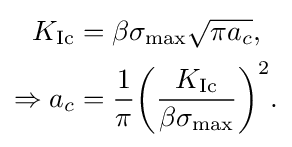
{\begin{aligned}K_{\text{Ic}}&=\beta \sigma _{\text{max}}{\sqrt {\pi a_{c}}},\\\Rightarrow a_{c}&={\frac {1}{\pi }}{\bigg (}{\frac {K_{\text{Ic}}}{\beta \sigma _{\text{max}}}}{\bigg )}^{2}.\end{aligned}}